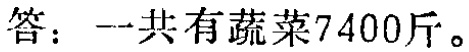
答：一共有蔬菜7400斤。